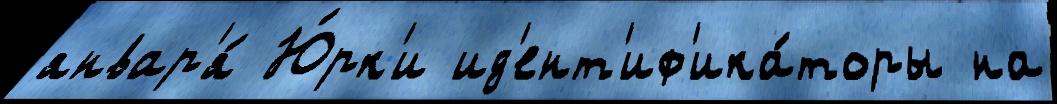
январ'я́ Ю́рк'и ид'ент'иф'ика́торы на